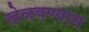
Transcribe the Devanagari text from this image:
खेळवण्यास